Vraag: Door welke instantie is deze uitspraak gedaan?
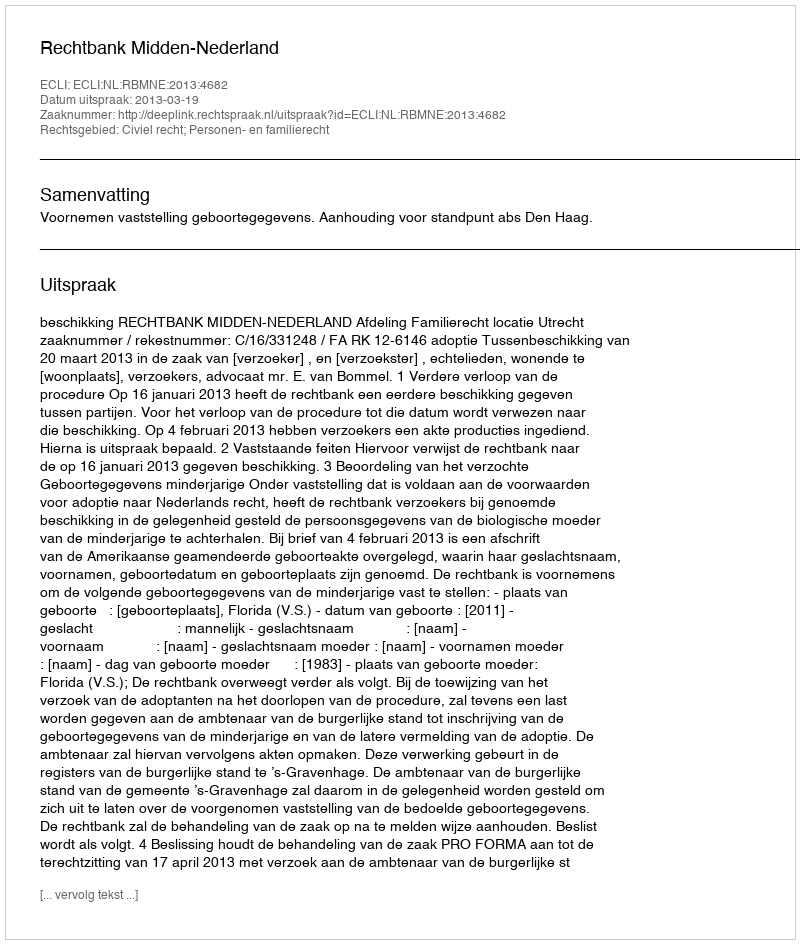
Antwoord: Rechtbank Midden-Nederland